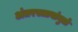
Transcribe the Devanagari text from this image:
अंतरस्त्रावांमुळे